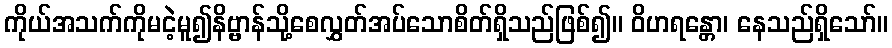
ကိုယ်အသက်ကိုမငဲ့မူ၍နိဗ္ဗာန်သို့စေလွှတ်အပ်သောစိတ်ရှိသည်ဖြစ်၍။ ဝိဟရန္တော၊ နေသည်ရှိသော်။